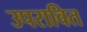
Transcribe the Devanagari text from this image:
उपरावित